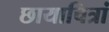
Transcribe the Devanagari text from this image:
छायाचित्रां